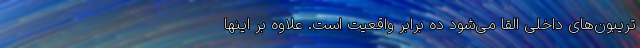
تریبون‌‌های داخلی القا می‌شود ده برابر واقعیت است. علاوه بر اینها